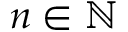
n \in \mathbb { N }